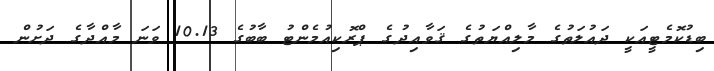
ބިޑުކޮމެޓީއަކީ ދައުލަތުގެ މާލިއްޔަތުގެ ޤަވާޢިދުގެ ޕްރޮކިއުމެންޓު ބާބުގެ 10.13 ވަނަ މާއްދާގެ ދަށުން